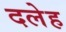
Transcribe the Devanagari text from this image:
दलेह